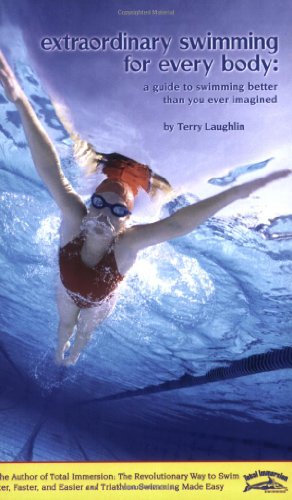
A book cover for Extraordinary Swimming For Every Body - a Total Immersion instructional book; Terry Laughlin; Health, Fitness & Dieting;